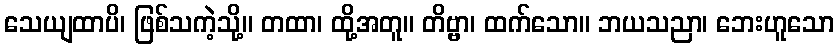
သေယျထာပိ၊ ဖြစ်သကဲ့သို့။ တထာ၊ ထို့အတူ။ တိဗ္ဗာ၊ ထက်သော။ ဘယသညာ၊ ဘေးဟူသော